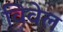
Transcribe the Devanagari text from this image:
विवेल